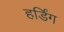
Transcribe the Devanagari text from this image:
हर्डिंग